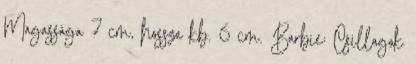
Magassága 7 cm, hossza kb. 6 cm. Barbie: Csillagok